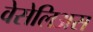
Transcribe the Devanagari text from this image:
वेसेलिअस